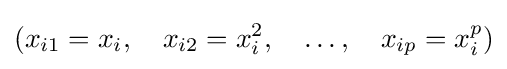
(x_{i1}=x_{i},\quad x_{i2}=x_{i}^{2},\quad \ldots ,\quad x_{ip}=x_{i}^{p})